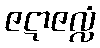
ဇဋာဇလ္လံ